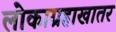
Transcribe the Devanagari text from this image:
लोकाग्रहाखातर